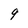
Character: 9